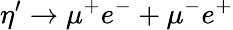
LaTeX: \eta^{\prime}\rightarrow\mu^{+}e^{-}+\mu^{-}e^{+}